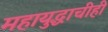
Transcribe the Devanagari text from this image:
महायुद्धाचीही